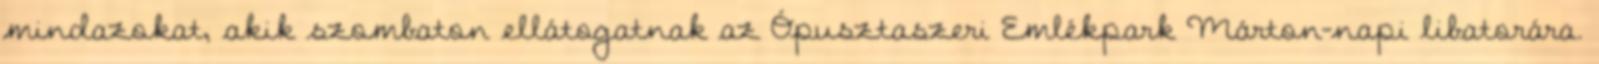
mindazokat, akik szombaton ellátogatnak az Ópusztaszeri Emlékpark Márton-napi libatorára.